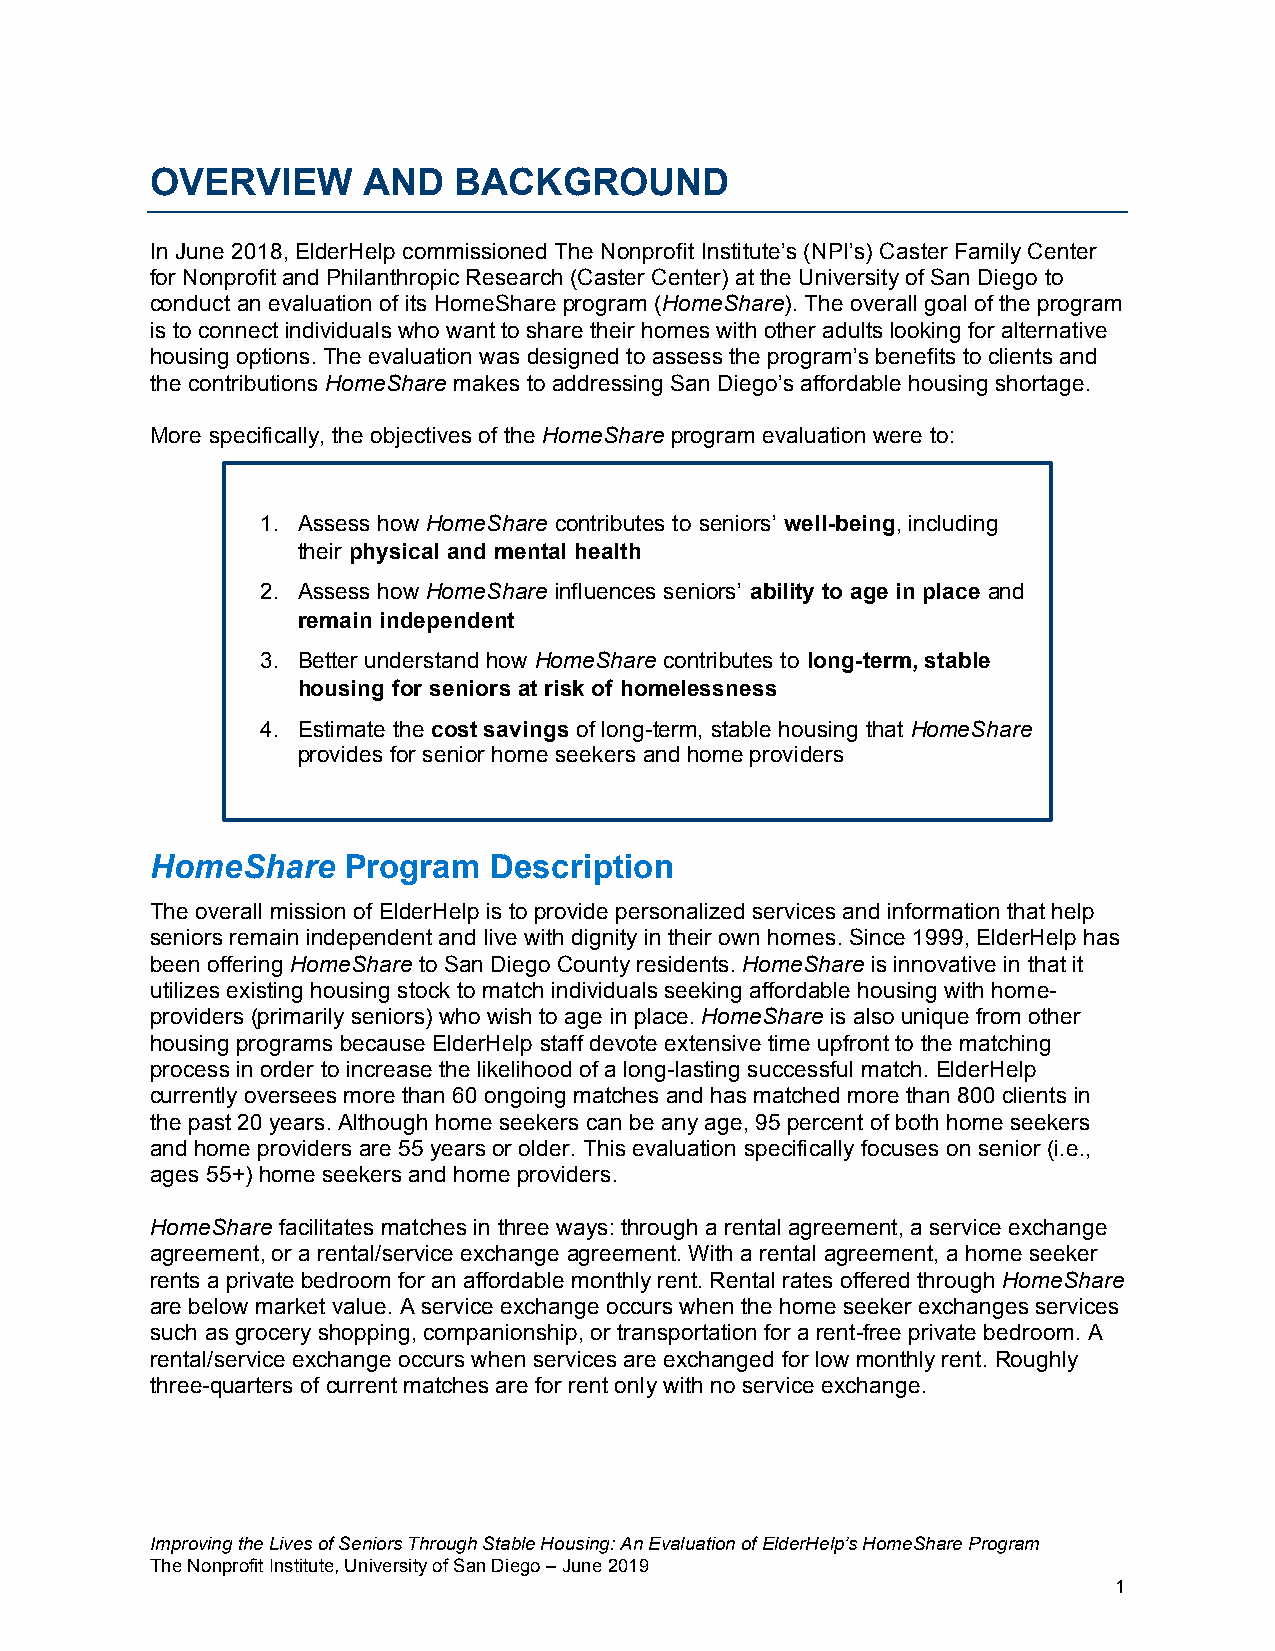
OVERVIEW      AND   BACKGROUND
 In June 2018, ElderHelp commissioned The Nonprofit Institute’s (NPI’s) Caster Family Center
 for Nonprofit and Philanthropic Research (Caster Center) at the University of San Diego to
 conduct an evaluation of its HomeShare program (HomeShare). The overall goal of the program
 is to connect individuals who want to share their homes with other adults looking for alternative
 housing options. The evaluation was designed to assess the program’s benefits to clients and
 the contributions HomeShare makes to addressing San Diego’s affordable housing shortage.
 More specifically, the objectives of the HomeShare program evaluation were to:
 1. Assess how HomeShare contributes to seniors’ well-being, including
 their physical and mental health
 2. Assess how HomeShare influences seniors’ ability to age in place and
 remain independent
 3. Better understand how HomeShare contributes to long-term, stable
 housing for seniors at risk of homelessness
 4. Estimate the cost savings of long-term, stable housing that HomeShare
 provides for senior home seekers and home providers
 HomeShare    Program  Description
 The overall mission of ElderHelp is to provide personalized services and information that help
 seniors remain independent and live with dignity in their own homes. Since 1999, ElderHelp has
 been offering HomeShare to San Diego County residents. HomeShare is innovative in that it
 utilizes existing housing stock to match individuals seeking affordable housing with home-
 providers (primarily seniors) who wish to age in place. HomeShare is also unique from other
 housing programs because ElderHelp staff devote extensive time upfront to the matching
 process in order to increase the likelihood of a long-lasting successful match. ElderHelp
 currently oversees more than 60 ongoing matches and has matched more than 800 clients in
 the past 20 years. Although home seekers can be any age, 95 percent of both home seekers
 and home providers are 55 years or older. This evaluation specifically focuses on senior (i.e.,
 ages 55+) home seekers and home providers.
 HomeShare facilitates matches in three ways: through a rental agreement, a service exchange
 agreement, or a rental/service exchange agreement. With a rental agreement, a home seeker
 rents a private bedroom for an affordable monthly rent. Rental rates offered through HomeShare
 are below market value. A service exchange occurs when the home seeker exchanges services
 such as grocery shopping, companionship, or transportation for a rent-free private bedroom. A
 rental/service exchange occurs when services are exchanged for low monthly rent. Roughly
 three-quarters of current matches are for rent only with no service exchange.
 Improving the Lives of Seniors Through Stable Housing: An Evaluation of ElderHelp’s HomeShare Program
 The Nonprofit Institute, University of San Diego – June 2019
 1